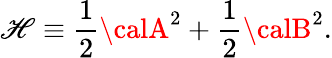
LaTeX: {\cal\mathscr{H}}\equiv{\frac{{1}}{{2}}}{\calA}^{2}+{\frac{{1}}{{2}}}{\calB}^{2}.